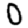
Digit: 0